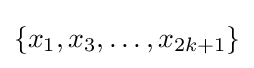
\{x_{1},x_{3},\ldots ,x_{2k+1}\}